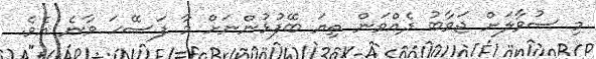
މި ސުވާލަށް ޖަވާބު ދެއްވަން ތިޔަ ބޭފުޅުންނަށް މާ ފަސޭހަ ވާނެ އެވެ.